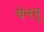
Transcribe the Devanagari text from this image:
चेनसू